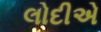
લોદીએ